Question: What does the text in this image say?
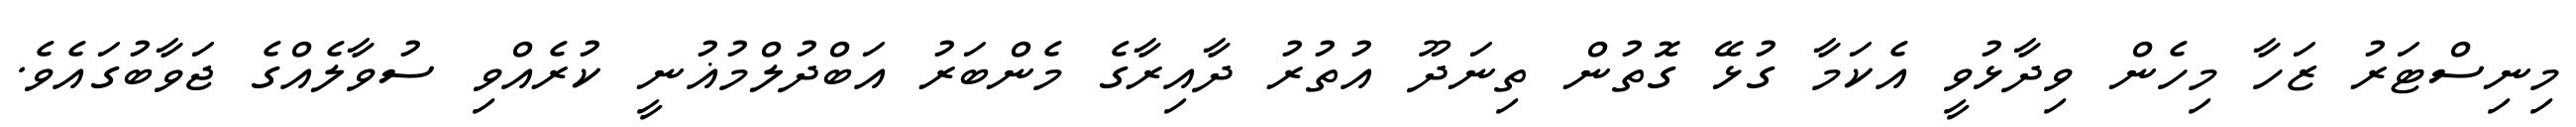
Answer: މިނިސްޓަރު ޒަހާ މިހެން ވިދާޅުވީ އެކަމާ ގުޅޭ ގޮތުން ތިނަދޫ އުތުރު ދާއިރާގެ މެންބަރު އަބްދުލްމުޣުނީ ކުރެއްވި ސުވާލެއްގެ ޖަވާބުގައެވެ.